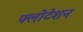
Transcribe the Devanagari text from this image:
फ्लोटेशन